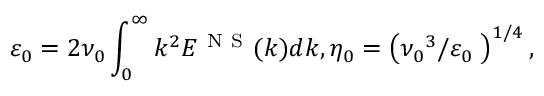
{ { \varepsilon } _ { 0 } } = 2 { { \nu } _ { 0 } } \int _ { 0 } ^ { \infty } { { { k } ^ { 2 } } { { E } ^ { \mathrm { ~ N ~ S ~ } } } ( k ) d k } , { { \eta } _ { 0 } } = { { \left( { { { \nu } _ { 0 } } ^ { 3 } } / { { { \varepsilon } _ { 0 } } } \; \right) } ^ { { 1 } / { 4 } \; } } ,